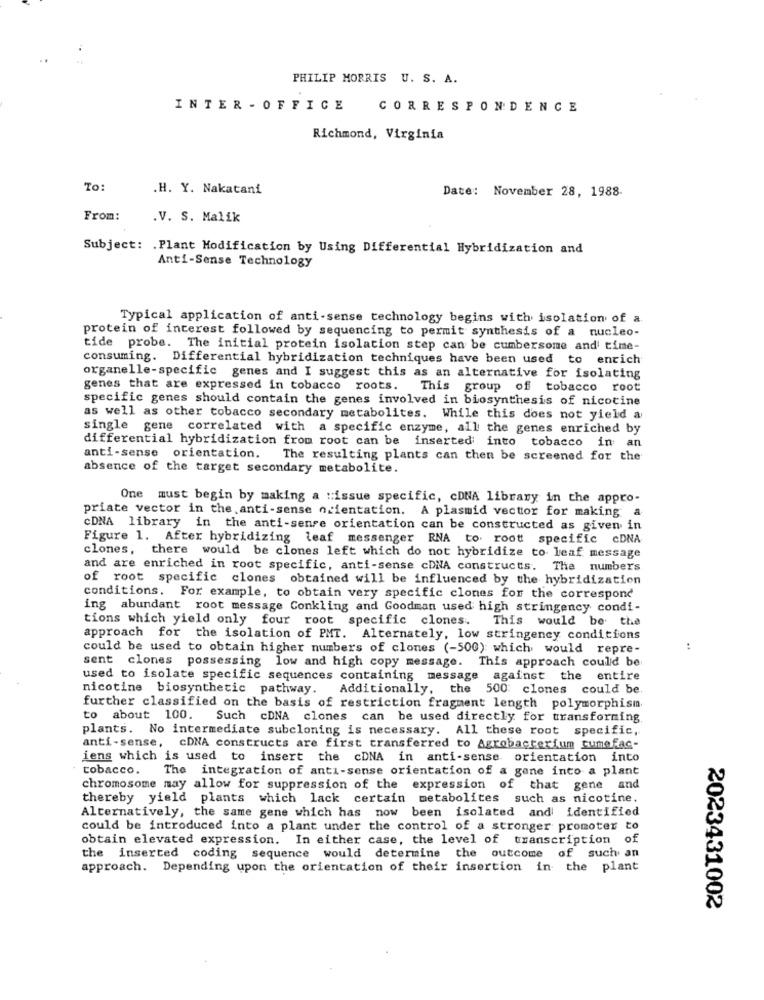
PHILIP MORRIS U. S. A.
INTER - OFFICE
CORRESPONDENCE
Richmond, Virginia
To:
.H. Y. Nakatani
Date: November 28, 1988.
From:
.V. S. Malik
Subject: . Plant Modification by Using Differential Hybridization and
Anti-Sense Technology
Typical application of anti-sense technology begins with isolation of a.
protein of interest followed by sequencing to permit synthesis of a nucleo-
tide probe. The initial protein isolation step can be cumbersome and time-
consuming. Differential hybridization techniques have been used to entich
organelle-specific genes and I suggest this as an alternative for isolating
genes that are expressed in tobacco roots. This group of tobacco root
specific genes should contain the genes involved in biosynthesis of nicotine
as well as other tobacco secondary metabolites. While this does not yield a
single gene correlated with a specific enzyme, all the genes enriched by
differential hybridization from root can be inserted into tobacco in an
anti-sense orientation.
The resulting plants can then be screened for the
absence of the target secondary metabolite.
One must begin by making a :issue specific, cDNA library in the appro-
priate vector in the anti-sense orientation. A plasmid vector for making a
CDNA library in the anti-sense orientation can be constructed as given in
Figure 1. After hybridizing leaf messenger RNA to. root specific cDNA
clones, there would be clones left which do not hybridize to leaf message
and are enriched in root specific, anti-sense cDNA constructs. The numbers
of root specific clones obtained will be influenced by the hybridization
conditions. For example, to obtain very specific clones for the correspond
ing abundant root message Conkling and Goodman used high stringency condi-
tions which yield only four root specific clones. This would be the
approach for the isolation of PMT. Alternately, low stringency conditions
could be used to obtain higher numbers of clones (-500) which would repre-
:
sent clones possessing low and high copy message. This approach could be
used to isolate specific sequences containing message against the entire
nicotine biosynthetic pathway. Additionally, the 500: clones could be.
further classified on the basis of restriction fragment length polymorphism.
to about 100. Such cDNA clones can be used directly for transforming.
plants. No intermediate subcloning is necessary. All these root specific,
anti-sense, cDNA constructs are first transferred to Agrobacterium cumefac-
iens which is used to insert the cDNA in anti-sense orientation into
tobacco.
The integration of anti-sense orientation of a gene into a plant
chromosome may allow for suppression of the expression of that gene and
thereby yield plants which lack certain metabolites such as nicotine.
Alternatively, the same gene which has now been isolated and identified
could be introduced into a plant under the control of a stronger promoter to
obtain elevated expression. In either case, the level of transcription
of
the inserted coding sequence would determine the outcome of such an
approach. Depending upon the orientation of their insertion in the plant
2023431002